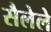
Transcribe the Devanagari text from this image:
सैलेले